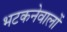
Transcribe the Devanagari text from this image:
भटकनेवालों